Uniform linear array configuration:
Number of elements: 8
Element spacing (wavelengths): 1
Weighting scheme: binomial
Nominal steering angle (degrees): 0
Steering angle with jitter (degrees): -0.8116
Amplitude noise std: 0.05
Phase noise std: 0.05

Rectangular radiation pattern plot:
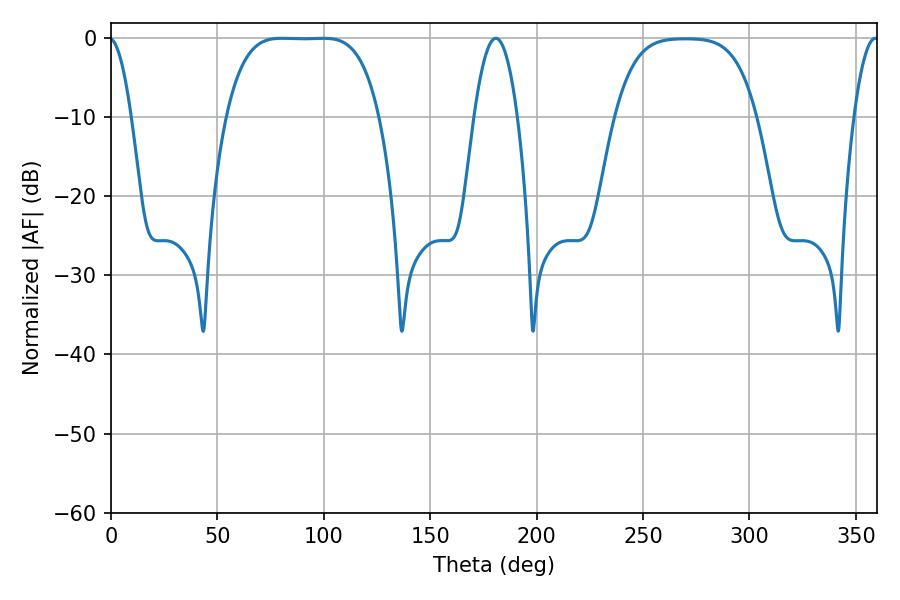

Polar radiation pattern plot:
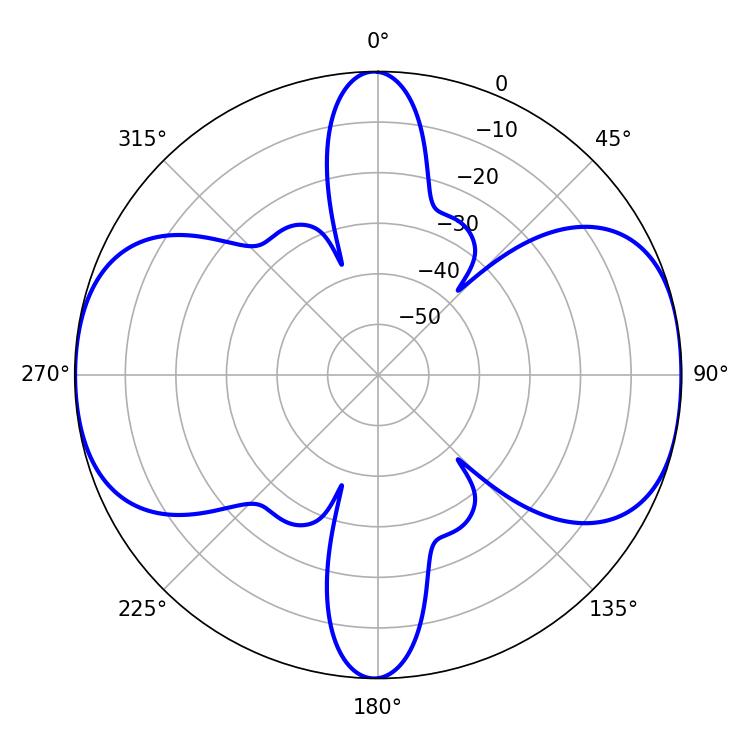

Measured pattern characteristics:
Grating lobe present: TRUE
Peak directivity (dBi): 12.117
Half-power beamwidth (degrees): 54.72
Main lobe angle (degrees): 80.28